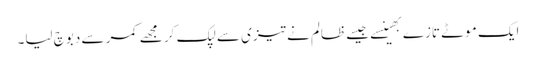
ایک موٹے تازے بھینسے جیسے ظالم نے تیزی سے لپک کر مجھے کمر سے دبوچ لیا۔